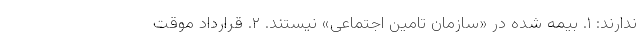
ندارند: ۱. بیمه شده در «سازمان تامین اجتماعی» نیستند. ۲. قرارداد موقت